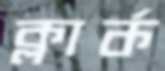
ক্লার্ক